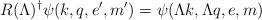
LaTeX: \begin{align*}R(\Lambda)^\dagger\psi(k,q,e',m')=\psi(\Lambda k,\Lambda q,e,m)\end{align*}